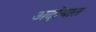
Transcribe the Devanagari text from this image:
अदोयात